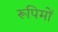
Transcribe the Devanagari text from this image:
रूपिमों